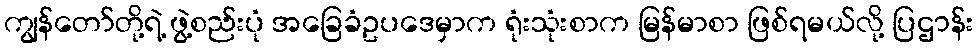
ကျွန်တော်တို့ရဲ့ ဖွဲ့စည်းပုံ အခြေခံဥပဒေမှာက ရုံးသုံးစာက မြန်မာစာ ဖြစ်ရမယ်လို့ ပြဌာန်း